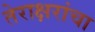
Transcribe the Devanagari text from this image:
तेराक्षरांचा